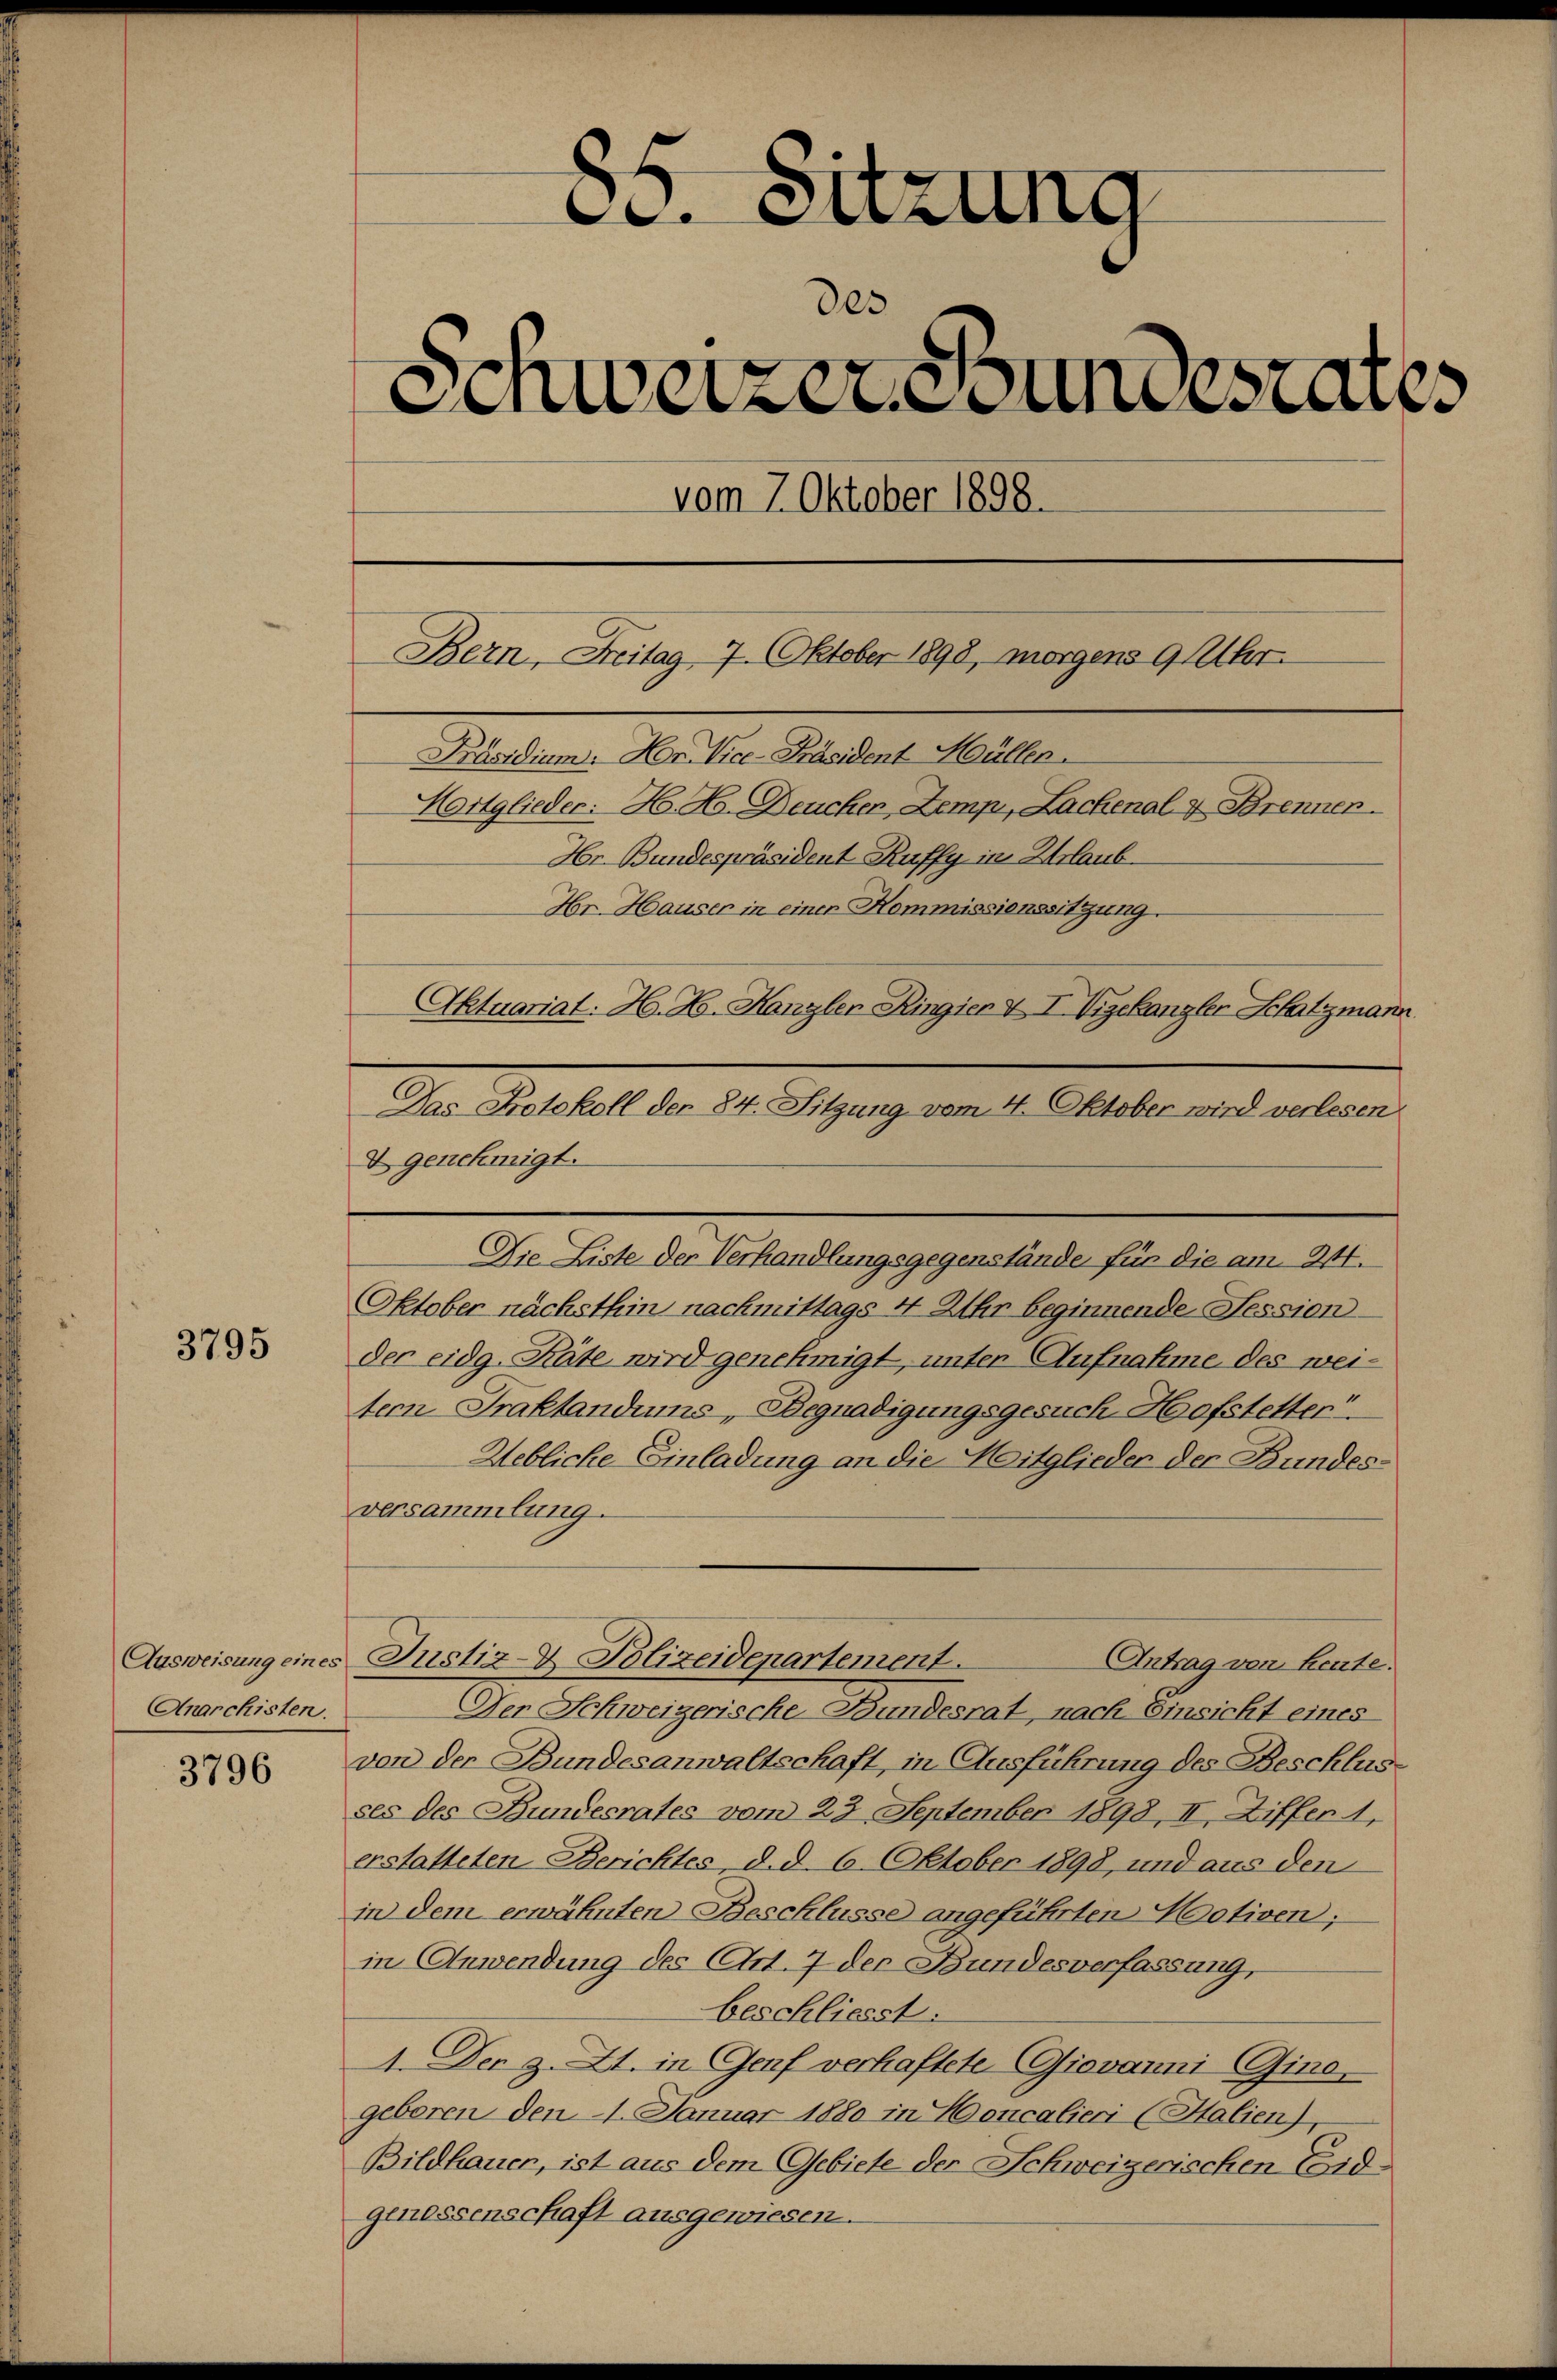
3795

Anarchisten.

3796

Aktuariat: H. H. Kanzler Ringier V I Vigekanzler Schatzmann
I genehmigt.
Die Liste der Verhandlungsgegenstände für die am 244.
Oktober nächsthin nachmittags 4 Uhr beginnende Tession
der eidg. Räte wird genehmigt, unter Aufnahme des weitern Praktandums, Begnadigungsgesuch Hofstetter“.
Uebliche Einladung an die Mitglieder der Bundesversammlung.
Ausweisung eines Justiz- & Polizeidepartement.
Antrag von heute.
Der Schweizerische Bundesrat, nach Einsicht eines
von der Bundesanwaltschaft, in Ausführung des Beschlusses des Bundesrates vom 23. September 1893, II, Ziffer 1,
erstatteten Berichtes d. d. 6. Oktober 1898, und aus den
in dem erwähnten Beschlüsse angeführten Motiven;
in Anwendung des Art. 7 der Bundesverfassung,
beschliesst:
1. Der z. Zt. in Genf verhaftete Giovanni Gino-
geboren den 1. Januar 1880 in Honcalieri (Stalien),
Bildhauer, ist aus dem Gebiete der Schweizerischen Eidgenessenschaft ausgewiesen.

ci. Sitzung
des
Schweizergrundesrates
vom 7. Oktober 1898.
Bern, Freitag 7. Oktober 1898, morgens 9 Uhr.
Präsidium. Hr. Vice-Präsident Müller
Martglieder: H. H. Deuchen Zemp, Lackenal & Brenner
Hr. Bundespräsident Ruffy in Urlaub¬
Hr. Hauser in einen Kommissionssitzung.

Das Protokoll der 84. Sitzung vom 4. Oktober wird verlesen.